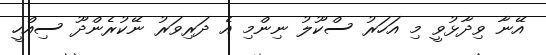
އޭނާ ވިދާޅުވީ މި އަހަރު ސްކޫލު ނިންމި އެ ދަރިވަރު ނޭކުރެންދޫ ސިއްހީ